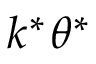
k ^ { * } \theta ^ { * }